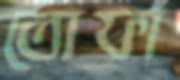
তোফা